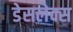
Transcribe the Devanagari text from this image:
डेसलेक्स